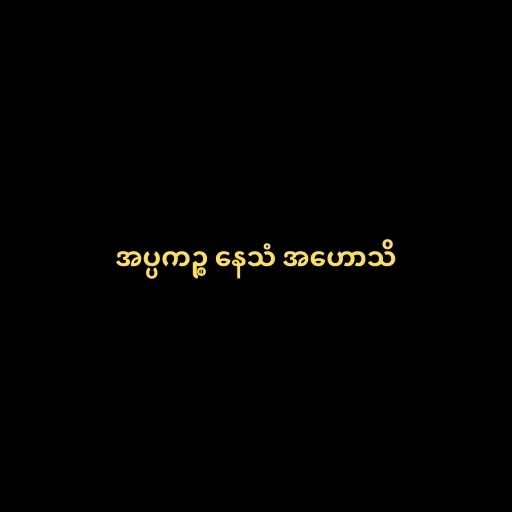
အပ္ပကဉ္စ နေသံ အဟောသိ